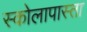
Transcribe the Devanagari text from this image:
स्कोलापास्ता